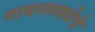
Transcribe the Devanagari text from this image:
गायनस्पर्धेचे